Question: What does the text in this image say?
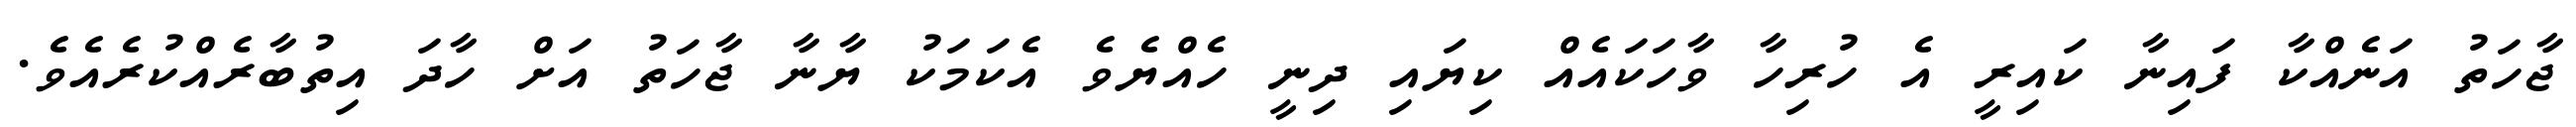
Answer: ޖާހަތު އަނެއްކާ ފައިނާ ކައިރީ އެ ހުރިހާ ވާހަކައެއް ކިޔައި ދިނީ ހެއްޔެވެ އެކަމަކު ޔާނާ ޖާހަތު އަށް ހާދަ އިތުބާރެއްކުރެއެވެ.